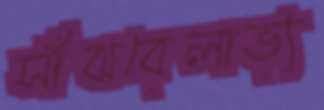
সাঁঝবেলাভ্য